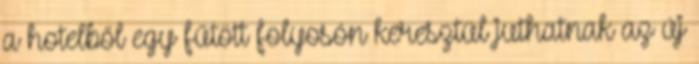
a hotelből egy fűtött folyosón keresztül juthatnak az új